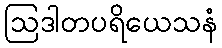
ဩဒါတပရိယေသနံ